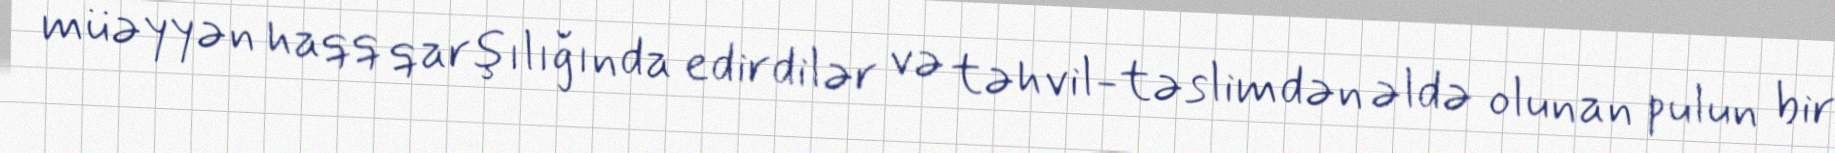
müəyyən haqq qarşılığında edirdilər və təhvil-təslimdən əldə olunan pulun bir